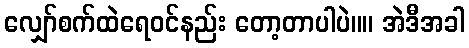
လျှော်စက်ထဲရေ၀င်နည်း တော့တာပါပဲ။။ အဲဒီအခါ